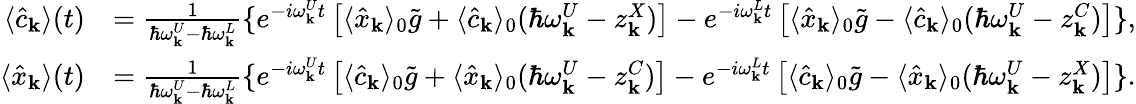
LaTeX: \begin{array}{rl}{\langle\hat{c}_{\mathbf k}\rangle(t)}&{=\frac{1}{\hbar\omega_{\mathbf k}^{U}-\hbar\omega_{\mathbf k}^{L}}\{ e^{-i\omega_{\mathbf k}^{U}t}\left[\langle\hat{x}_{\mathbf k}\rangle_{0}\tilde{g}+\langle\hat{c}_{\mathbf k}\rangle_{0}(\hbar\omega_{\mathbf k}^{U}-z_{\mathbf k}^{X})\right]-e^{-i\omega_{\mathbf k}^{L}t}\left[\langle\hat{x}_{\mathbf k}\rangle_{0}\tilde{g}-\langle\hat{c}_{\mathbf k}\rangle_{0}(\hbar\omega_{\mathbf k}^{U}-z_{\mathbf k}^{C})\right]\} ,}\\ {\langle\hat{x}_{\mathbf k}\rangle(t)}&{=\frac{1}{\hbar\omega_{\mathbf k}^{U}-\hbar\omega_{\mathbf k}^{L}}\{ e^{-i\omega_{\mathbf k}^{U}t}\left[\langle\hat{c}_{\mathbf k}\rangle_{0}\tilde{g}+\langle\hat{x}_{\mathbf k}\rangle_{0}(\hbar\omega_{\mathbf k}^{U}-z_{\mathbf k}^{C})\right]-e^{-i\omega_{\mathbf k}^{L}t}\left[\langle\hat{c}_{\mathbf k}\rangle_{0}\tilde{g}-\langle\hat{x}_{\mathbf k}\rangle_{0}(\hbar\omega_{\mathbf k}^{U}-z_{\mathbf k}^{X})\right]\} .}\end{array}